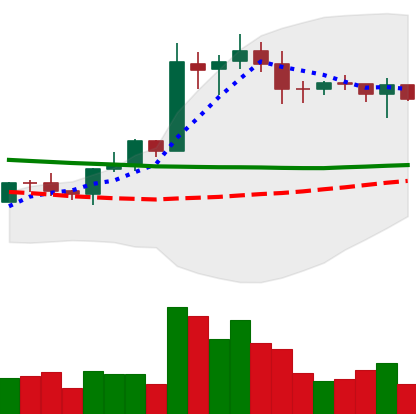
Ticker: EOS-USD
Chart end date: 2020-01-25
Forward return: 22.924%
Label: up_7plus